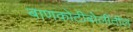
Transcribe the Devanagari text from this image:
बाणकोटीबोलींतील